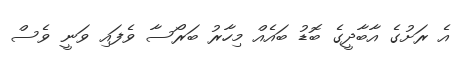
އެ ރަށުގެ އާބާދީގެ ބޮޑު ބައެއް މިހާރު ބަރޯސާ ވެފައި ވަނީ ވެސް